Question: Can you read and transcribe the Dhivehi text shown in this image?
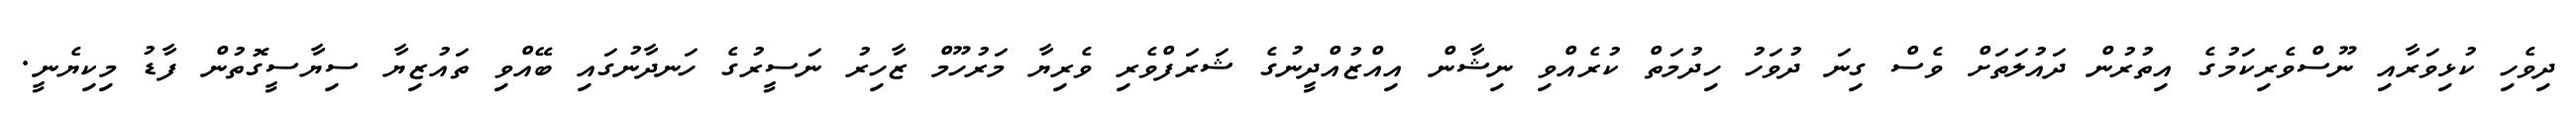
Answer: ދިވެހި ކުޅިވަރާއި ނޫސްވެރިކަމުގެ އިތުރުން ދައުލަތަށް ވެސް ގިނަ ދުވަހު ހިދުމަތް ކުރެއްވި ނިޝާން އިއްޒުއްދީނުގެ ޝަރަފްވެރި ވެރިޔާ މަރުހޫމް ޒާހިރު ނަސީރުގެ ހަނދާނުގައި ބޭއްވި ތައުޒިޔާ ސިޔާސީގޮތުން ފާޑު މިކިޔެނީ.